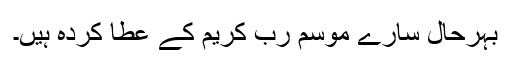
بہرحال سارے موسم رب کریم کے عطا کردہ ہیں۔